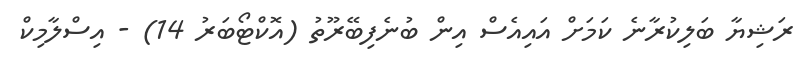
ރަޝިޔާ ބަލިކުރާނެ ކަމަށް އައިއެސް އިން ބުނެފިބޭރޫތު (އޮކްޓޯބަރު 14) - އިސްލާމިކް